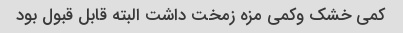
کمی خشک وکمی مزه زمخت داشت البته قابل قبول بود